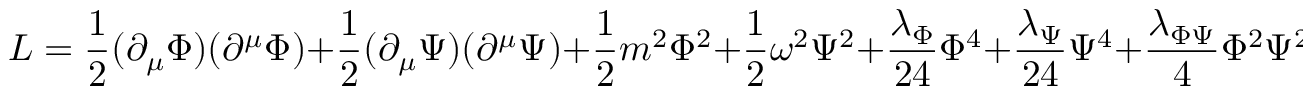
L = { \frac { 1 } { 2 } } ( \partial _ { \mu } \Phi ) ( \partial ^ { \mu } \Phi ) + { \frac { 1 } { 2 } } ( \partial _ { \mu } \Psi ) ( \partial ^ { \mu } \Psi ) + { \frac { 1 } { 2 } } m ^ { 2 } \Phi ^ { 2 } + { \frac { 1 } { 2 } } \omega ^ { 2 } \Psi ^ { 2 } + { \frac { \lambda _ { \Phi } } { 2 4 } } \Phi ^ { 4 } + { \frac { \lambda _ { \Psi } } { 2 4 } } \Psi ^ { 4 } + { \frac { \lambda _ { \Phi \Psi } } { 4 } } \Phi ^ { 2 } \Psi ^ { 2 } ~ ,